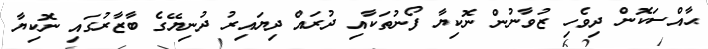
ޙާއްސަކޮން ދިވެހި ޒުވާނުން ނޮކިޔާ ފޯނުތަކާއި ދުރައް ދިޔައިރު ދުނިޔޭގެ ބާޒާރުގައި ނޮކިޔާ